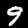
Label: 9